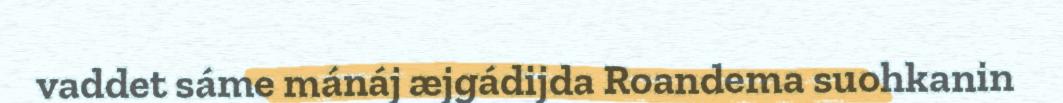
vaddet sáme mánáj æjgádijda Roandema suohkanin